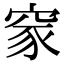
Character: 䆥